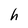
Character: h